Annual report of the Bengal Veterinary College, and of the Civil Veterinary Department, Bengal, for the year 1901-1902 - 1901-1902
Year: 1901
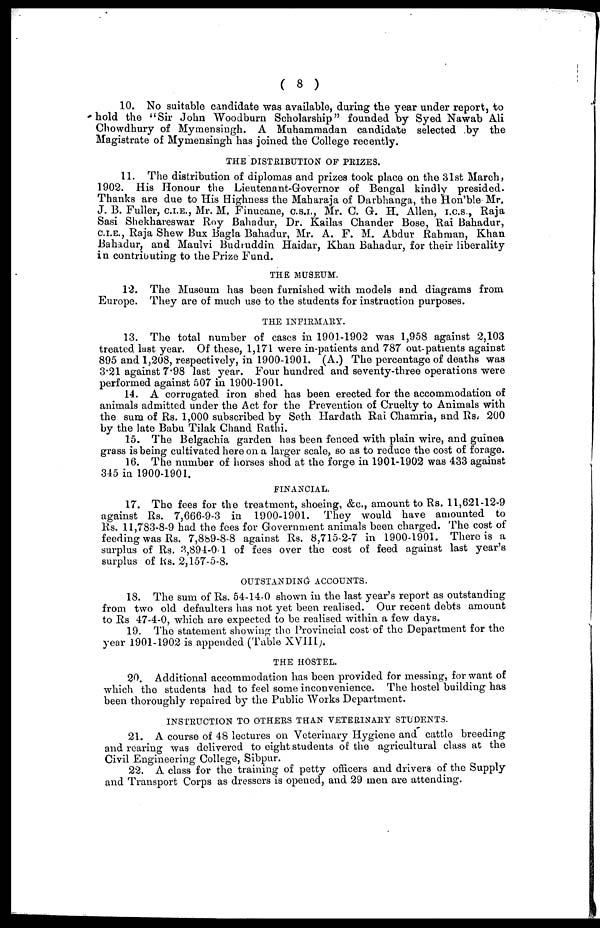
( 8 )
10. No suitable candidate was available, during the year under report, to
hold the "Sir John Woodburn Scholarship" founded by Syed Nawab Ali
Chowdhury of Mymensingh. A Muhammadan candidate selected by the
Magistrate of Mymensingh has joined the College recently.
THE DISTRIBUTION OF PEIZES.
11. The distribution of diplomas and prizes took place on the 31st March,
1902. His Honour the Lieutenant-Governor of Bengal kindly presided.
Thanks are due to His Highness the Maharaja of Darbhanga, the Hon'ble Mr.
J. B. Fuller, c.i.e., Mr. M. Finucane, c.s.i., Mr. C. G. H. Allen, i.c.s., Raja
Sasi Shekhareswar Roy Bahadur, Dr. Kailas Chander Bose, Rai Bahadur,
c.i.e., Raja Shew Bux Bagla Bahadur, Mr. A. F. M. Abdur Rahman, Khan
Bahadur, and Maulvi Budruddin Haidar, Khan Bahadur, for their liberality
in contributing to the Prize Fund.
THE MUSEUM.
12. The Museum has been furnished with models and diagrams from
Europe. They are of much use to the students for instruction purposes.
THE INFIRMARY.
13. The total number of cases in 1901-1902 was 1,958 against 2,103
treated last year. Of these, 1,171 were in-patients and 787 out-patients against
895 and 1,208, respectively, in 1900-1901. (A.) The percentage of deaths was
3.21 against 7.98 last year. Four hundred and seventy-three operations were
performed against 507 in 1900-1901.
14. A corrugated iron shed has been erected for the accommodation of
animals admitted under the Act for the Prevention of Cruelty to Animals with
the sum of Rs. 1,000 subscribed by Seth Hardath Rai Chamria, and Rs.- 200
by the late Babu Tilak Chand Rathi.
15. The Belgachia garden has been fenced with plain wire, and guinea
grass is being cultivated here on a larger scale, so as to reduce the cost of forage.
16. The number of horses shod at the forge in 1901-1902 was 433 against
315 in 1900-1901.
FINANCIAL.
17. The fees for the treatment, shoeing, &c., amount to Rs. 11,621-12-9
against Rs. 7,666-9-3 in 1900-1901. They would have amounted to
Rs. 11,783-8-9 had the fees for Government animals been charged. The cost of
feeding was Rs. 7,889-8-8 against Rs. 8,715-2-7 in 1900-1901. There is a
surplus of Rs. 3,891-0-1 of fees over the cost of feed against last year's
surplus of Rs. 2,157-5-8.
OUTSTANDING ACCOUNTS.
18. The sum of Rs. 54-14-0 shown in the last year's report as outstanding
from two old defaulters has not yet been realised. Our recent debts amount
to Rs 47-4-0, which are expected to be realised within a few days.
19. The statement showing the Provincial cost of the Department for the
year 1901-1902 is appended (Table XVIII).
THE HOSTEL.
20. Additional accommodation has been provided for messing, for want of
which the students had to feel some inconvenience. The hostel building has
been thoroughly repaired by the Public Works Department.
INSTRUCTION TO OTHERS THAN VETERINAEY STUDENTS.
21. A course of 48 lectures on Veterinary Hygiene and cattle breeding
and rearing was delivered to eight students of the agricultural class at the
Civil Engineering College, Sibpur.
22. A class for the training of petty officers and drivers of the Supply
and Transport Corps as dressers is opened, and 29 men are attending.